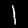
Label: 1